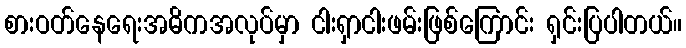
စားဝတ်နေရေးအဓိကအလုပ်မှာ ငါးရှာငါးဖမ်းဖြစ်ကြောင်း ရှင်းပြပါတယ်။